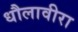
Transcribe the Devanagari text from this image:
धौलावीरा